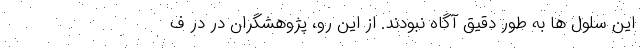
این سلول ها به طور دقیق آگاه نبودند. از این رو، پژوهشگران در در ف